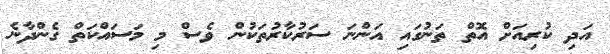
އަދި ކުރިއަށް އޮތް ތަނުގައި އަންނަ ސަރުކާރުތަކުން ވެސް މި މަސައްކަތް ގެންދާނެ